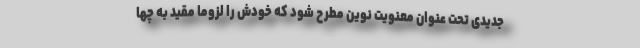
جدیدی تحت عنوان معنویت نوین مطرح شود که خودش را لزوما مقید به چها